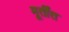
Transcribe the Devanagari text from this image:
मूर्तींत